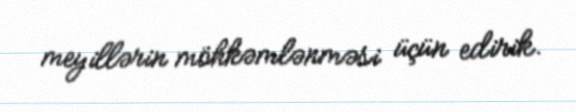
meyillərin möhkəmlənməsi üçün edirik.